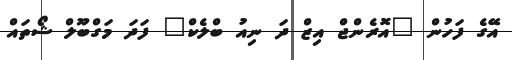
އޭގެ ފަހުން "އޮރެންޖް އިޒް ދަ ނިއު ބްލެކް" ފަދަ މަގްބޫލް ޝޯތައް